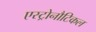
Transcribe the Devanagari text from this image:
एस्ट्रोनौटिकल